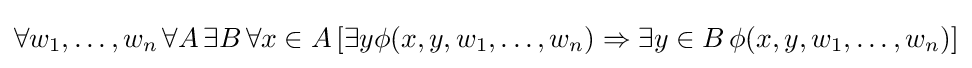
\forall w_{1},\ldots ,w_{n}\,\forall A\,\exists B\,\forall x\in A\,[\exists y\phi (x,y,w_{1},\ldots ,w_{n})\Rightarrow \exists y\in B\,\phi (x,y,w_{1},\ldots ,w_{n})]